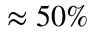
\approx 5 0 \%